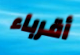
أقرباء